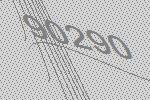
90290